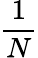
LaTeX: \frac{1}{N}